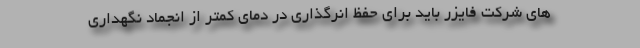
های شرکت فایزر باید برای حفظ انرگذاری در دمای کمتر از انجماد نگهداری